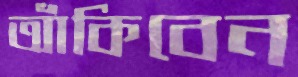
আঁকিবেন